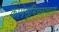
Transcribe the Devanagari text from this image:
कामेसुमिच्छाचारा